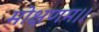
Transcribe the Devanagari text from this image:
मोक्षणम।।